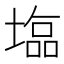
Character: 𡐈